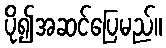
ပို၍အဆင်ပြေမည်။